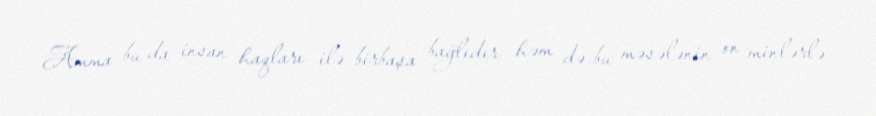
Amma bu da insan haqları ilə birbaşa bağlıdır, həm də bu məsələnin on minlərlə